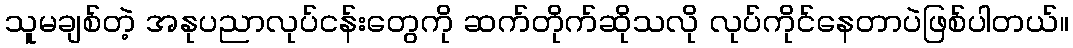
သူမချစ်တဲ့ အနုပညာလုပ်ငန်းတွေကို ဆက်တိုက်ဆိုသလို လုပ်ကိုင်နေတာပဲဖြစ်ပါတယ်။